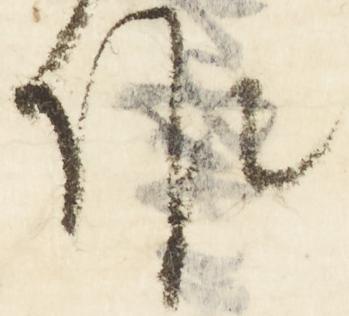
作